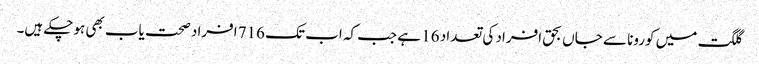
گلگت میں کورونا سے جاں بحق افراد کی تعداد 16 ہے جب کہ اب تک 716 افراد صحت یاب بھی ہوچکے ہیں۔